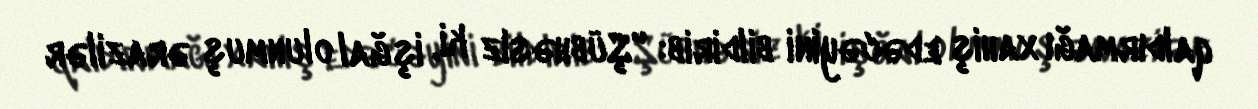
qaldırmağı xahiş edəcəyini bildirib: "Şübhəsiz ki, işğal olunmuş ərazilər